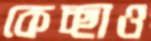
কেচ্ছাও